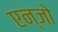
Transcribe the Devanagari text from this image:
एन्जो